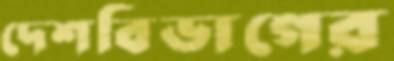
দেশবিভাগের